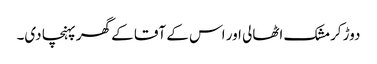
دوڑ کر مشک اٹھالی اور اس کے آقا کے گھر پہنچا دی۔